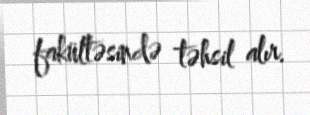
fakültəsində təhsil alır.